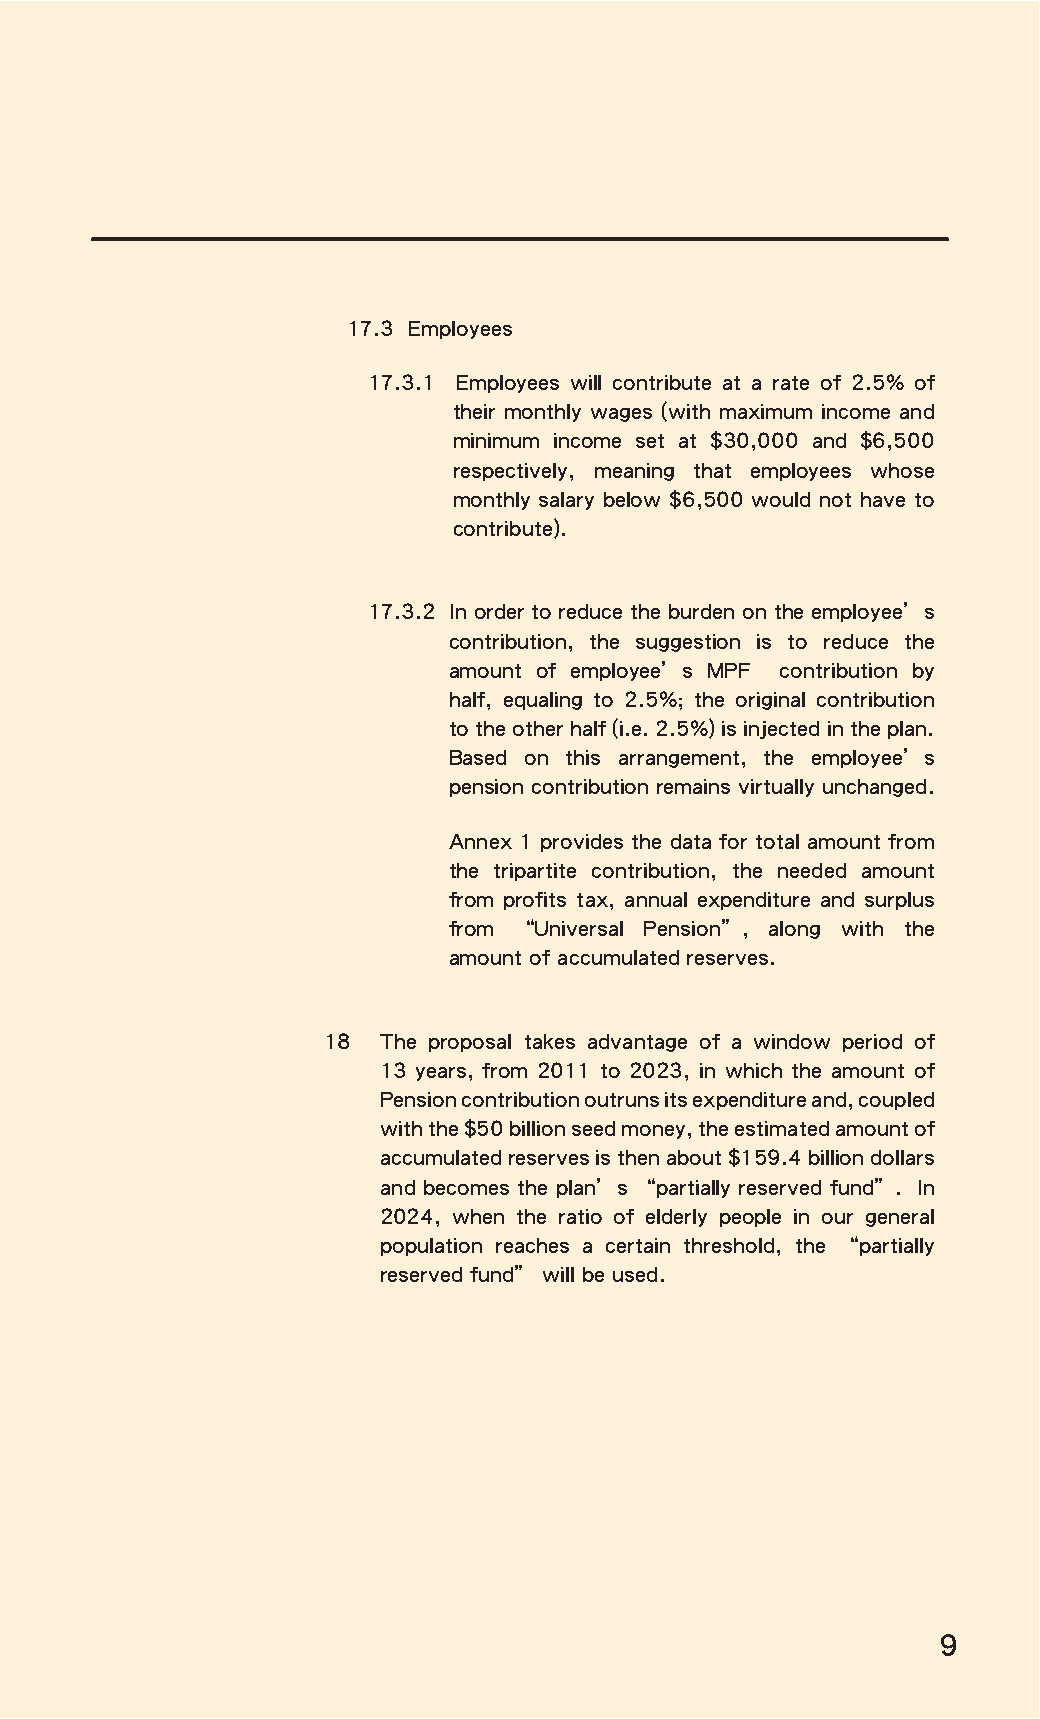
17.3 Employees
 17.3.1 Employees will contribute at a rate of 2.5% of
 their monthly wages (with maximum income and
 minimum income set at $30,000 and $6,500
 respectively, meaning that employees whose
 monthly salary below $6,500 would not have to
 contribute).
 17.3.2 In order to reduce the burden on the employee’s
 contribution, the suggestion is to reduce the
 amount of employee’s MPF contribution by
 half, equaling to 2.5%; the original contribution
 to the other half (i.e. 2.5%) is injected in the plan.
 Based on this arrangement, the employee’s
 pension contribution remains virtually unchanged.
 Annex 1 provides the data for total amount from
 the tripartite contribution, the needed amount
 from profits tax, annual expenditure and surplus
 from “Universal Pension”, along with the
 amount of accumulated reserves.
 18  The proposal takes advantage of a window period of
 13 years, from 2011 to 2023, in which the amount of
 Pension contribution outruns its expenditure and, coupled
 with the $50 billion seed money, the estimated amount of
 accumulated reserves is then about $159.4 billion dollars
 and becomes the plan’s “partially reserved fund”. In
 2024, when the ratio of elderly people in our general
 population reaches a certain threshold, the “partially
 reserved fund” will be used.
 9